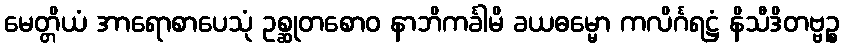
မေတ္တိယံ အာရောစာပေသုံ ဥစ္ဆုတစောဝ နာဘိကင်္ခါမိ ခယဓမ္မော ကလိင်္ဂရဋ္ဌံ နိသီဒိတဗ္ဗဉ္စ